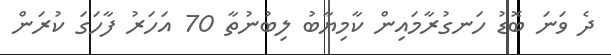
ދެ ވަނަ ބޮޑު ހަނގުރާމައިން ކާމިޔާބު ލިބުނުތާ 70 އަހަރު ފާހަގަ ކުރަން